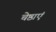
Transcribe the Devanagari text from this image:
चेष्ठाएं